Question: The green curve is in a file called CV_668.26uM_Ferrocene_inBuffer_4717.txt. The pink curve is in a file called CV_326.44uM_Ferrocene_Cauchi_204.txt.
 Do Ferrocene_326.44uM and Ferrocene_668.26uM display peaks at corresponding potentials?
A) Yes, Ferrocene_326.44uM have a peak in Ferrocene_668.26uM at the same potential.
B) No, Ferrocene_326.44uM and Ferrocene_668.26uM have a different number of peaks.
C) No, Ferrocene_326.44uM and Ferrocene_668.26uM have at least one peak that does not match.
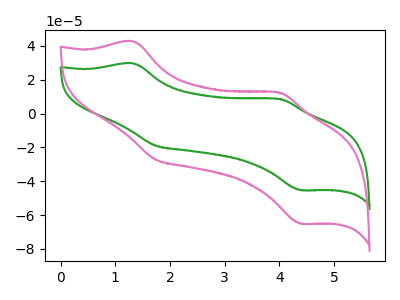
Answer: <think>The green curve "Ferrocene_668.26uM" has anodic peaks at (1.30V, 29.75uA) (4.00V, 8.55uA) and cathodic peaks at (1.75V, -18.95uA) (4.40V, -45.25uA). The pink curve "Ferrocene_326.44uM" has anodic peaks at (1.30V, 42.75uA) (4.00V, 12.35uA) and cathodic peaks at (1.75V, -27.30uA) (4.40V, -65.10uA).</think>
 <answer>A) Yes, "Ferrocene_326.44uM" have a peak in "Ferrocene_668.26uM" at the same potential.</answer>
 <eval>A</eval>